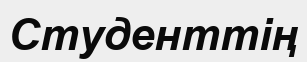
Студенттің